Report on vaccination North-West Frontier Province 1904-1922 - 1904-1922
Year: 1904
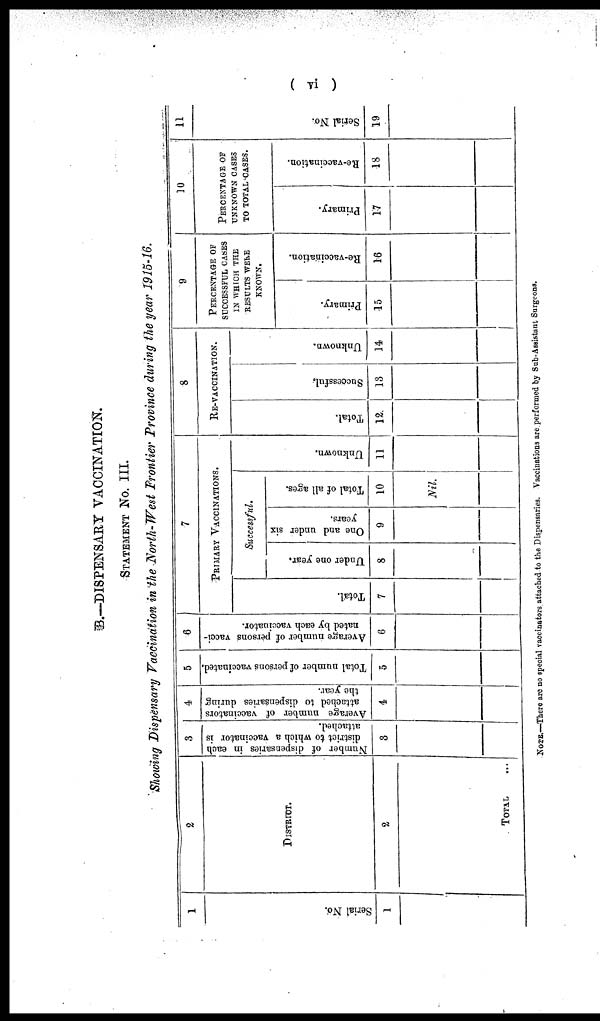
( vi )
B.—DISPENSARY VACCINATION.
STATEMENT No. III.
Showing Dispensary Vaccination in the North-West Frontier Province during the year 1915-16.
1
Serial No.
1
2
DISTRICT.
2
TOTAL ...
3
Number of dispensaries in each
district to which a vaccinator is
attached.
3
4
Average number of vaccinators
attached to dispensaries during
the year.
4
5
Total number of persons vaccinated.
5
6
Average number of persons vacci-
nated by each vaccinator.
6
7
PRIMARY VACCINATIONS.
Total.
7
Successful.
Under one year.
8
One and under six
years.
9
Total of all ages.
10
Nil.
Unknown.
11
8
RE-VACCINATION.
Total.
12
Successful.
13
Unknown.
14
9
PERCENTAGE OF
SUCCESSFUL CASES
IN WHICH THE
RESULTS WERE
KNOWN.
Primary.
15
Re-vaccination.
16
10
PERCENTAGE OF
UNKNOWN CASES
TO TOTAL CASES.
Primary.
17
Re-vaccination.
18
11
Serial No.
19
NOTE.—There are no special vaccinators attached to the Dispensaries. Vaccinations are performed by Sub-Assistant Surgeons.